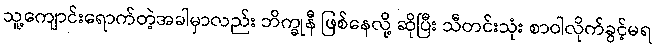
သူ့ကျောင်းရောက်တဲ့အခါမှာလည်း ဘိက္ခုနီ ဖြစ်နေလို့ ဆိုပြီး သီတင်းသုံး စာဝါလိုက်ခွင့်မရ